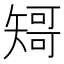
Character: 𱳣